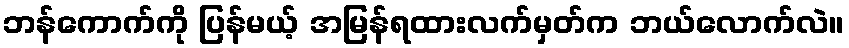
ဘန်ကောက်ကို ပြန်မယ့် အမြန်ရထားလက်မှတ်က ဘယ်လောက်လဲ။